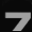
Digit: 7